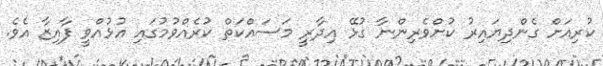
ކުރިއަށް ގެންދިޔައިރު ކުށްވެރިންނާ ގުޅޭ އިދާރީ މަސައްކަތް ކުރެއްވުމުގައި އުޅުއްވީ ފާއިޒާ އެވެ.